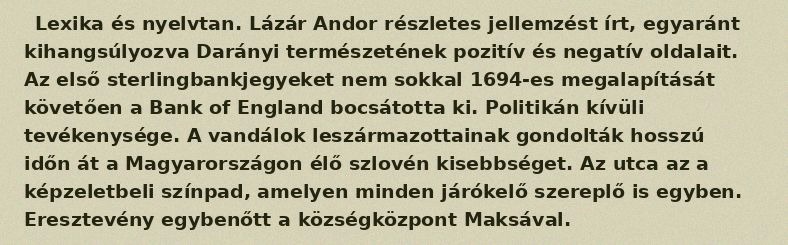
Lexika és nyelvtan. Lázár Andor részletes jellemzést írt, egyaránt kihangsúlyozva Darányi természetének pozitív és negatív oldalait. Az első sterlingbankjegyeket nem sokkal 1694-es megalapítását követően a Bank of England bocsátotta ki. Politikán kívüli tevékenysége. A vandálok leszármazottainak gondolták hosszú időn át a Magyarországon élő szlovén kisebbséget. Az utca az a képzeletbeli színpad, amelyen minden járókelő szereplő is egyben. Eresztevény egybenőtt a községközpont Maksával.